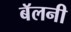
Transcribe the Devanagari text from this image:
बॅलनी